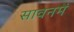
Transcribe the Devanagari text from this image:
सावनमें